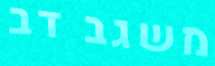
משגב דב